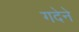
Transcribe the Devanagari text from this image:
गदेने